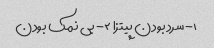
۱- سرد بودن پیتزا ۲- بی نمک بودن